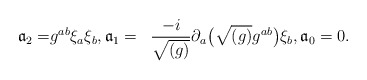
\begin{align*}\begin{aligned}{\mathfrak a}_{2} =& g^{ab} \xi _{a} \xi _{b}, {\mathfrak a}_{1}= & \frac{-i}{\sqrt{(g)}} \partial _{a} \bigl( \sqrt{(g)}g^{ab} \bigr) \xi _{b}, {\mathfrak a}_{0}=0.\end{aligned}\end{align*}